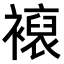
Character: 𧝘